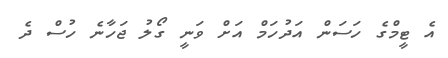
އެ ޓީމްގެ ހަސަން އަދުހަމް އަށް ވަނީ ގޯލު ޖަހާނެ ހުސް ދެ